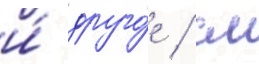
и́ друго́е / см